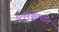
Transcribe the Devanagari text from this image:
धमवकण्यात